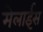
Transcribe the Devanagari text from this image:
मेलाईस